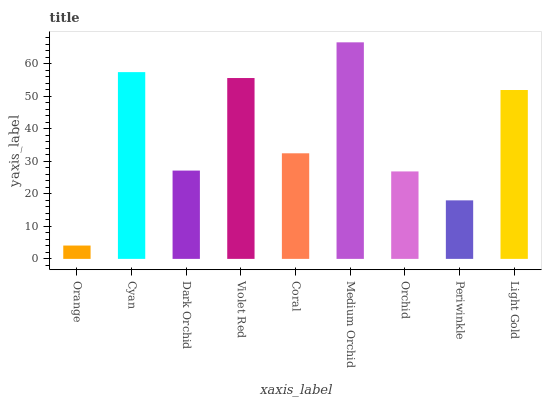
| xaxis_label | bars |
 | --- | --- |
 | Orange | 4.1 |
 | Cyan | 57.4 |
 | Dark Orchid | 27.1 |
 | Violet Red | 55.6 |
 | Coral | 32.4 |
 | Medium Orchid | 66.5 |
 | Orchid | 26.9 |
 | Periwinkle | 18 |
 | Light Gold | 51.9 |